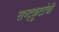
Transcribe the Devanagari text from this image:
राष्ट्कूटांची